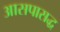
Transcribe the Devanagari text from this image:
आसपासद्ध